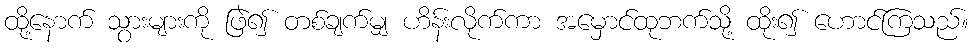
ထို့နောက် သွားများကို ဖြဲ၍ တစ်ချက်မျှ ဟိန်းလိုက်ကာ အမှောင်ထုဘက်သို့ ထိုး၍ ဟောင်ကြသည်။